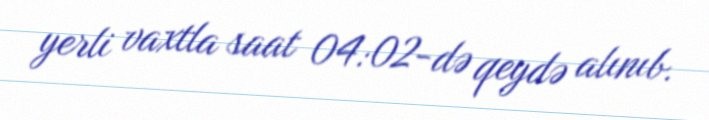
yerli vaxtla saat 04:02-də qeydə alınıb.